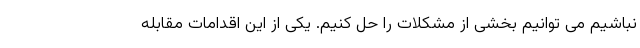
نباشیم می­ توانیم بخشی از مشکلات را حل کنیم. یکی از این اقدامات مقابله